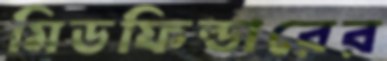
মিডফিল্ডারের